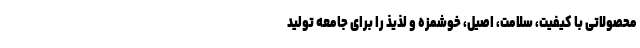
محصولاتی با کیفیت، سلامت، اصیل، خوشمزه و لذیذ را برای جامعه تولید